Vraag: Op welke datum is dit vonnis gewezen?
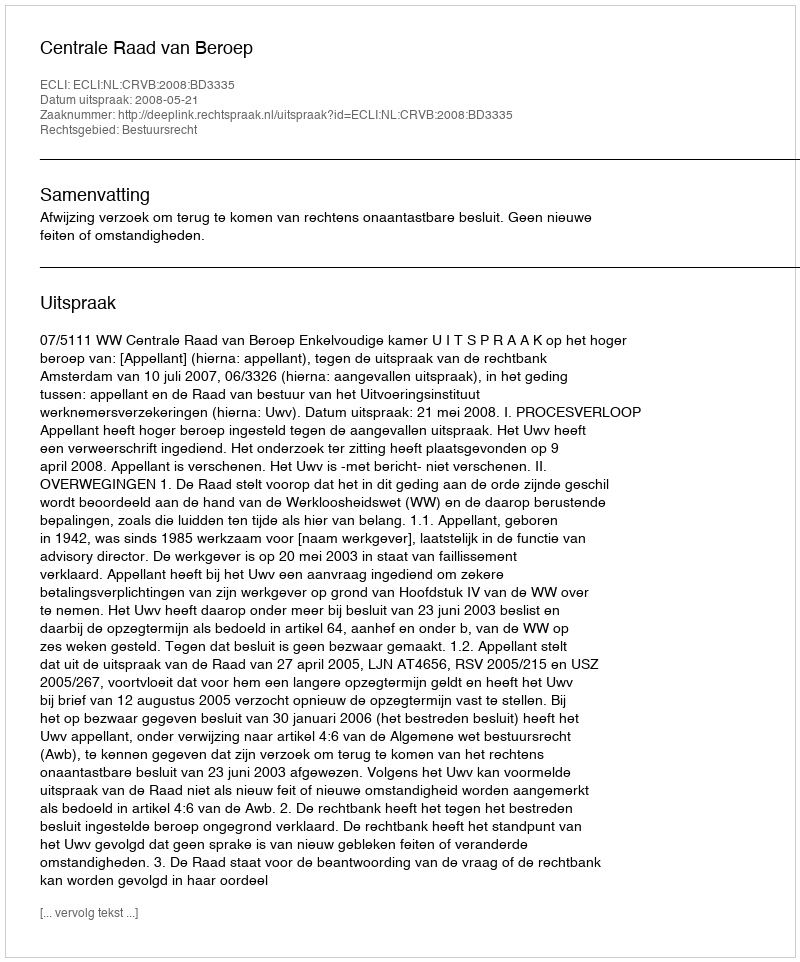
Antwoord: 2008-05-21